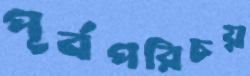
পূর্বপরিচয়